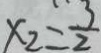
x _ { 2 } = \frac { 3 } { 2 }